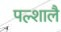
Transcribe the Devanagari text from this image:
पल्शालै